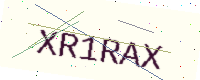
Text: XR1RAX